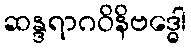
ဆန္ဒရာဂဝိနိဗဒ္ဓေါ